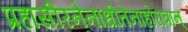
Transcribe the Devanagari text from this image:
प्रहासीरनेनाधीतेनाहोरात्रान्